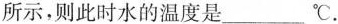
所示，则此时水的温度是___℃。